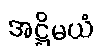
အဋ္ဌိမယံ